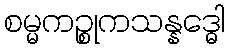
စမ္မကဉ္စုကသန္နဒ္ဓေါ